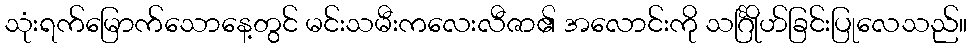
သုံးရက်မြောက်သောနေ့တွင် မင်းသမီးကလေးလီဇာ၏ အလောင်းကို သင်္ဂြိုဟ်ခြင်းပြုလေသည်။